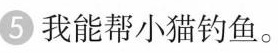
5 我能帮小猫钓鱼。